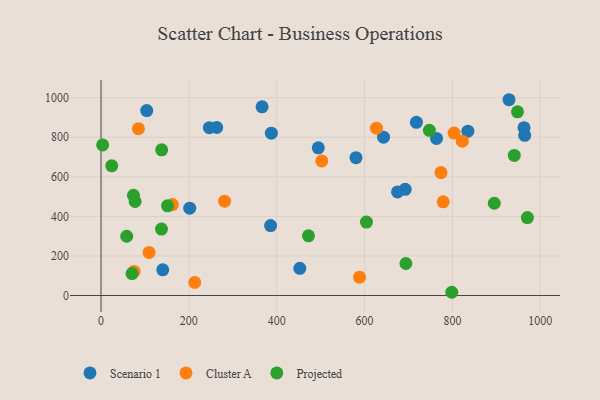
{"axis": {"x": "Experience", "y": "Fuel Efficiency"}, "legend": ["Cluster A", "Projected", "Scenario 1"], "data": [{"x": "140.6", "y": 130.0, "type": "Scenario 1"}, {"x": "928.9", "y": 989.8, "type": "Scenario 1"}, {"x": "263.5", "y": 849.3, "type": "Scenario 1"}, {"x": "763.8", "y": 794.0, "type": "Scenario 1"}, {"x": "366.7", "y": 954.1, "type": "Scenario 1"}, {"x": "718.1", "y": 875.6, "type": "Scenario 1"}, {"x": "963.1", "y": 848.4, "type": "Scenario 1"}, {"x": "692.6", "y": 536.9, "type": "Scenario 1"}, {"x": "643.2", "y": 800.6, "type": "Scenario 1"}, {"x": "580.5", "y": 696.6, "type": "Scenario 1"}, {"x": "246.7", "y": 848.5, "type": "Scenario 1"}, {"x": "452.6", "y": 137.3, "type": "Scenario 1"}, {"x": "675.1", "y": 523.6, "type": "Scenario 1"}, {"x": "387.9", "y": 820.9, "type": "Scenario 1"}, {"x": "202.0", "y": 441.4, "type": "Scenario 1"}, {"x": "104.1", "y": 935.0, "type": "Scenario 1"}, {"x": "386.1", "y": 353.5, "type": "Scenario 1"}, {"x": "494.7", "y": 746.7, "type": "Scenario 1"}, {"x": "835.2", "y": 830.9, "type": "Scenario 1"}, {"x": "964.6", "y": 809.7, "type": "Scenario 1"}, {"x": "281.4", "y": 476.8, "type": "Cluster A"}, {"x": "109.4", "y": 217.9, "type": "Cluster A"}, {"x": "627.1", "y": 845.9, "type": "Cluster A"}, {"x": "85.2", "y": 843.2, "type": "Cluster A"}, {"x": "822.6", "y": 780.5, "type": "Cluster A"}, {"x": "773.9", "y": 621.6, "type": "Cluster A"}, {"x": "779.0", "y": 473.6, "type": "Cluster A"}, {"x": "502.6", "y": 680.2, "type": "Cluster A"}, {"x": "75.4", "y": 122.0, "type": "Cluster A"}, {"x": "162.5", "y": 459.5, "type": "Cluster A"}, {"x": "803.8", "y": 821.4, "type": "Cluster A"}, {"x": "213.5", "y": 65.9, "type": "Cluster A"}, {"x": "588.6", "y": 92.9, "type": "Cluster A"}, {"x": "58.5", "y": 299.6, "type": "Projected"}, {"x": "138.1", "y": 736.5, "type": "Projected"}, {"x": "798.6", "y": 16.4, "type": "Projected"}, {"x": "24.5", "y": 655.6, "type": "Projected"}, {"x": "472.3", "y": 301.7, "type": "Projected"}, {"x": "940.9", "y": 708.3, "type": "Projected"}, {"x": "604.3", "y": 371.2, "type": "Projected"}, {"x": "3.7", "y": 761.1, "type": "Projected"}, {"x": "694.1", "y": 161.8, "type": "Projected"}, {"x": "73.9", "y": 506.5, "type": "Projected"}, {"x": "70.7", "y": 110.7, "type": "Projected"}, {"x": "948.2", "y": 928.7, "type": "Projected"}, {"x": "895.4", "y": 466.4, "type": "Projected"}, {"x": "970.7", "y": 393.9, "type": "Projected"}, {"x": "747.6", "y": 835.3, "type": "Projected"}, {"x": "137.7", "y": 336.1, "type": "Projected"}, {"x": "151.5", "y": 453.4, "type": "Projected"}, {"x": "77.6", "y": 475.3, "type": "Projected"}]}